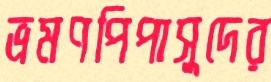
ভ্রমণপিপাসুদের